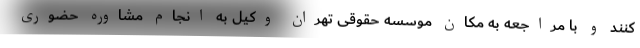
کنند و با مراجعه به مکان موسسه حقوقی تهران وکیل به انجام مشاوره حضوری